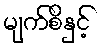
မျက်စိနှင့်